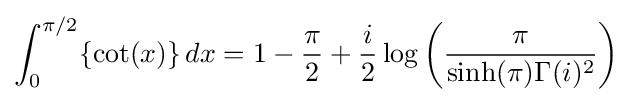
\int _{0}^{\pi /2}\{\cot(x)\}\,dx=1-{\frac {\pi }{2}}+{\frac {i}{2}}\log \left({\frac {\pi }{\sinh(\pi )\Gamma (i)^{2}}}\right)